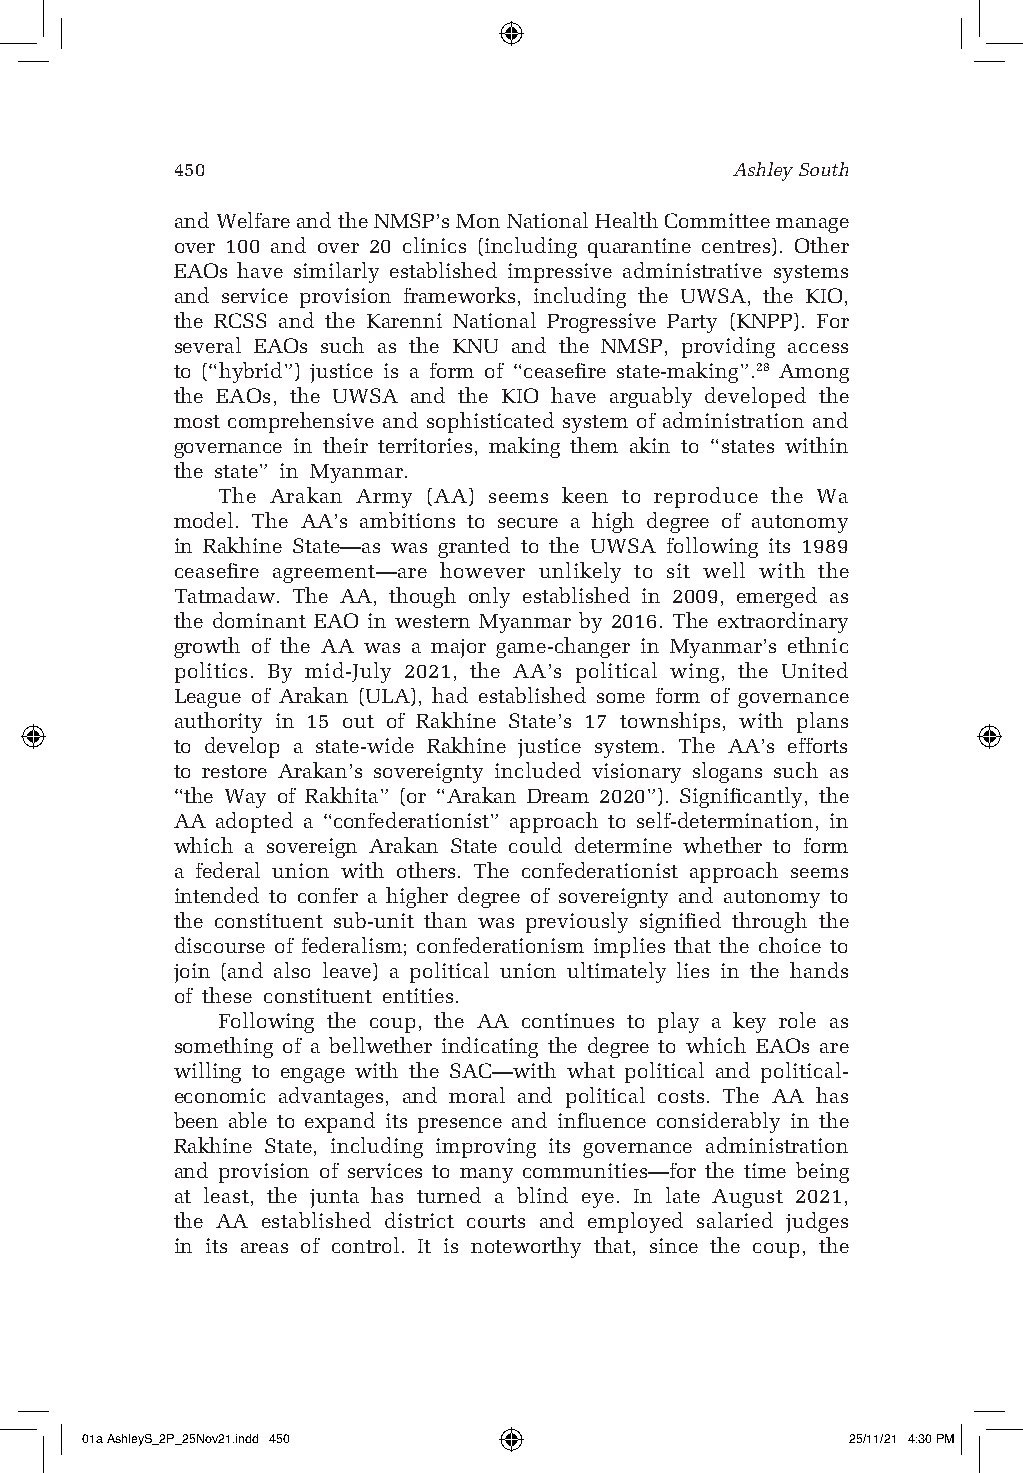
450                                  Ashley South
 and Welfare and the NMSP’s Mon National Health Committee manage
 over 100 and over 20 clinics (including quarantine centres). Other
 EAOs have similarly established impressive administrative systems
 and service provision frameworks, including the UWSA, the KIO,
 the RCSS and the Karenni National Progressive Party (KNPP). For
 several EAOs such as the KNU and the NMSP, providing access
 to (“hybrid”) justice is a form of “ceasefire state-making”.28 Among
 the EAOs, the UWSA and the KIO have arguably developed the
 most comprehensive and sophisticated system of administration and
 governance in their territories, making them akin to “states within
 the state” in Myanmar.
 The Arakan Army (AA) seems keen to reproduce the Wa
 model. The AA’s ambitions to secure a high degree of autonomy
 in Rakhine State—as was granted to the UWSA following its 1989
 ceasefire agreement—are however unlikely to sit well with the
 Tatmadaw. The AA, though only established in 2009, emerged as
 the dominant EAO in western Myanmar by 2016. The extraordinary
 growth of the AA was a major game-changer in Myanmar’s ethnic
 politics. By mid-July 2021, the AA’s political wing, the United
 League of Arakan (ULA), had established some form of governance
 authority in 15 out of Rakhine State’s 17 townships, with plans
 to develop a state-wide Rakhine justice system. The AA’s efforts
 to restore Arakan’s sovereignty included visionary slogans such as
 “the Way of Rakhita” (or “Arakan Dream 2020”). Significantly, the
 AA adopted a “confederationist” approach to self-determination, in
 which a sovereign Arakan State could determine whether to form
 a federal union with others. The confederationist approach seems
 intended to confer a higher degree of sovereignty and autonomy to
 the constituent sub-unit than was previously signified through the
 discourse of federalism; confederationism implies that the choice to
 join (and also leave) a political union ultimately lies in the hands
 of these constituent entities.
 Following the coup, the AA continues to play a key role as
 something of a bellwether indicating the degree to which EAOs are
 willing to engage with the SAC—with what political and political-
 economic advantages, and moral and political costs. The AA has
 been able to expand its presence and influence considerably in the
 Rakhine State, including improving its governance administration
 and provision of services to many communities—for the time being
 at least, the junta has turned a blind eye. In late August 2021,
 the AA established district courts and employed salaried judges
 in its areas of control. It is noteworthy that, since the coup, the
 01a AshleyS_2P_25Nov21.indd 450                    25/11/21 4:30 PM